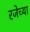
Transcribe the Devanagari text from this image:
रजेच्या